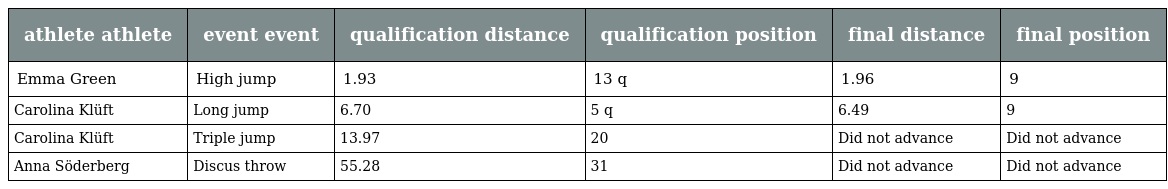
| athlete athlete | event event | qualification distance | qualification position | final distance | final position |
 | --- | --- | --- | --- | --- | --- |
 | Emma Green | High jump | 1.93 | 13 q | 1.96 | 9 |
 | Carolina Klüft | Long jump | 6.70 | 5 q | 6.49 | 9 |
 | Carolina Klüft | Triple jump | 13.97 | 20 | Did not advance | Did not advance |
 | Anna Söderberg | Discus throw | 55.28 | 31 | Did not advance | Did not advance |